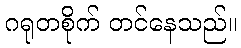
ဂရုတစိုက် တင်နေသည်။